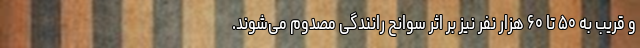
و قریب به ۵۰ تا ۶۰ هزار نفر نیز بر اثر سوانح رانندگی مصدوم می‌شوند.